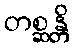
တစ္ဆန္တိ